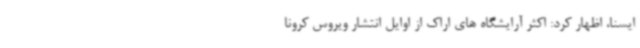
ایسنا، اظهار کرد: اکثر آرایشگاه های اراک از اوایل انتشار ویروس کرونا